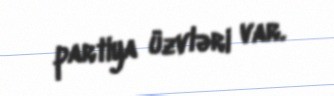
partiya üzvləri var.